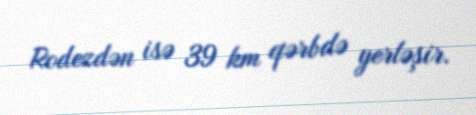
Rodezdən isə 39 km qərbdə yerləşir.